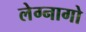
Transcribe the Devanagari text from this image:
लेग्नागो